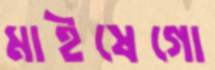
মাইষেগো